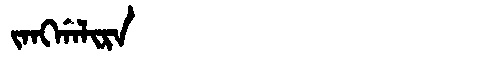
Manchu: ᠵᠠᠩᡤᠠᠯᡳᡵᠠ
Romanization: JANGGALIRA